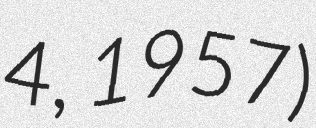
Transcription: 4, 1957)